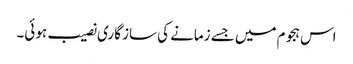
اس ہجوم میں جسے زمانے کی ساز گاری نصیب ہوئی۔